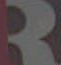
3